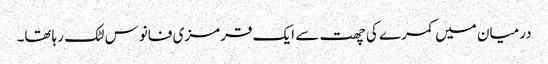
درمیان میں کمرے کی چھت سے ایک قرمزی فانوس لٹک رہاتھا۔